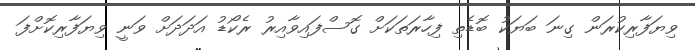
ވިޔަފާރިކުރަން ގިނަ ބަޔަކު ބޮޑެތި ފިހާރަތަކަށް ގޮސްފައިވާއިރު ރެކޯޑު އަދަދަށް ވަނީ ވިޔަފާރިކޮށްފަ